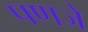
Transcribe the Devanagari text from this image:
पणजे